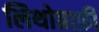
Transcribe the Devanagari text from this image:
लिथोग्राफ़ी